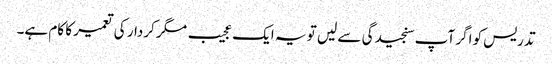
تدریس کو اگر آپ سنجیدگی سے لیں تو یہ ایک عجیب مگر کردار کی تعمیر کا کام ہے۔